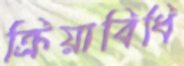
ক্রিয়াবিধি